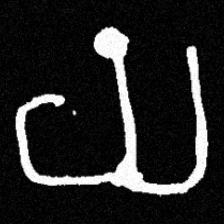
Pyu character \u2014 Myanmar letter: ယ (romanized: ya)